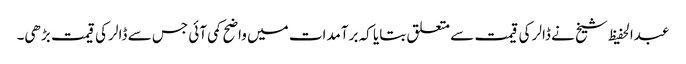
عبدالحفیظ شیخ نے ڈالر کی قیمت سے متعلق بتایا کہ برآمدات میں واضح کمی آئی جس سے ڈالر کی قیمت بڑھی۔